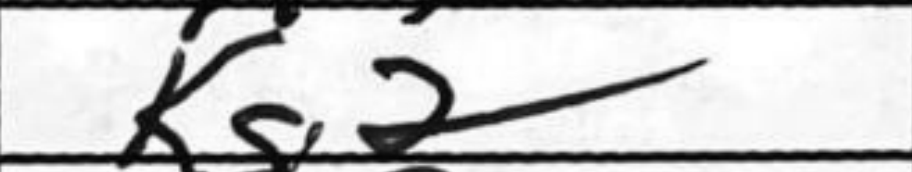
Transcription: Bg2